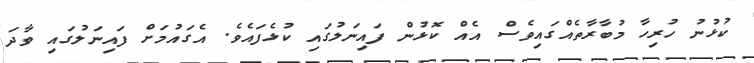
ކުޅުނު ހުރިހާ މުބާރާތެއްގައިވެސް އެއް ކޮޅުން ފައިނަލުގައި ކުޅެފައެވެ. އެގައުމަށް ފައިނަލުގައި ވާދަ